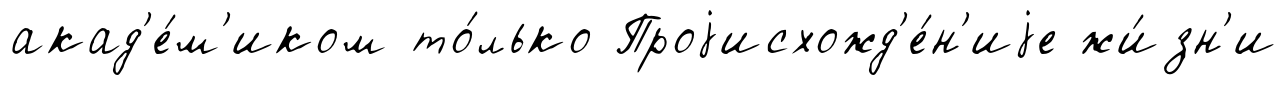
акад'е́м'иком то́лько Проjисхожд'е́н'иjе жи́зн'и